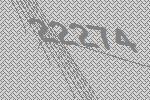
22274